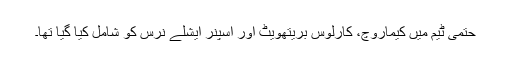
حتمی ٹیم میں کیماروچ، کارلوس بریتھویٹ اور اسپنر ایشلے نرس کو شامل کیا گیا تھا۔